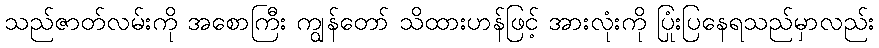
သည်ဇာတ်လမ်းကို အစောကြီး ကျွန်တော် သိထားဟန်ဖြင့် အားလုံးကို ပြုံးပြနေရသည်မှာလည်း